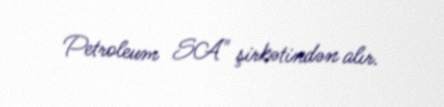
Petroleum SA" şirkətindən alır.